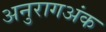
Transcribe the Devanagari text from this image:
अनुरागअंक